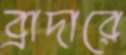
ব্রাদারে